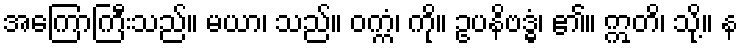
အကြောကြီးသည်။ မယာ၊ သည်။ ဝက္ကံ၊ ကို။ ဥပနိဗဒ္ဓံ၊ ၏။ ဣတိ၊ သို့။ န